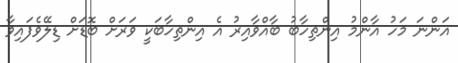
އަންނަ މަހު އާންމު އިންތިހާބު ބާއްވާއިރު އެ އިންތިހާބަކީ ވަރަށް ބޮޑަށް ޑިލޭވެފައިވާ